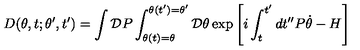
D ( \theta , t ; \theta ^ { \prime } , t ^ { \prime } ) = \int { \cal D } P \int _ { \theta ( t ) = \theta } ^ { \theta ( t ^ { \prime } ) = \theta ^ { \prime } } { \cal D } \theta \exp \left[ i \int _ { t } ^ { t ^ { \prime } } d t ^ { \prime \prime } P \dot { \theta } - H \right]